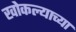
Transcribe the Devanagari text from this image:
खोकल्याच्या